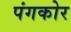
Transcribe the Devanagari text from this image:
पंगकोर